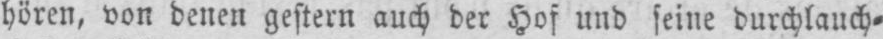
hören, von denen gestern auch der Hof und seine durchlauch⸗